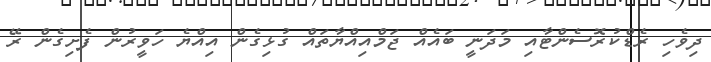
ދިވެހި ރެޑްކުރޮސެންޓާއި މަދަނީ ބައެއް ޖަމްއިއްޔާތައް ގުޅިގެން އިއްޔެ ހަވީރުން ފެށިގެން ރޭ